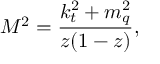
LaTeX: M ^ { 2 } = \frac { k _ { t } ^ { 2 } + m _ { q } ^ { 2 } } { z ( 1 - z ) } ,